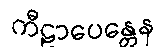
ကီဠာပေန္တေန